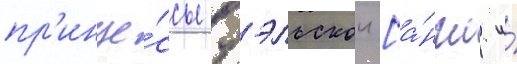
пр'инце́ссы уэльскои [а́нгл. и́